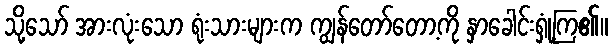
သို့သော် အားလုံးသော ရုံးသားများက ကျွန်တော်တော့ကို နှာခေါင်းရှုံ့ကြ၏။